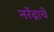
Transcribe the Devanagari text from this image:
नरेंद्राचे